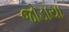
જોડાયા